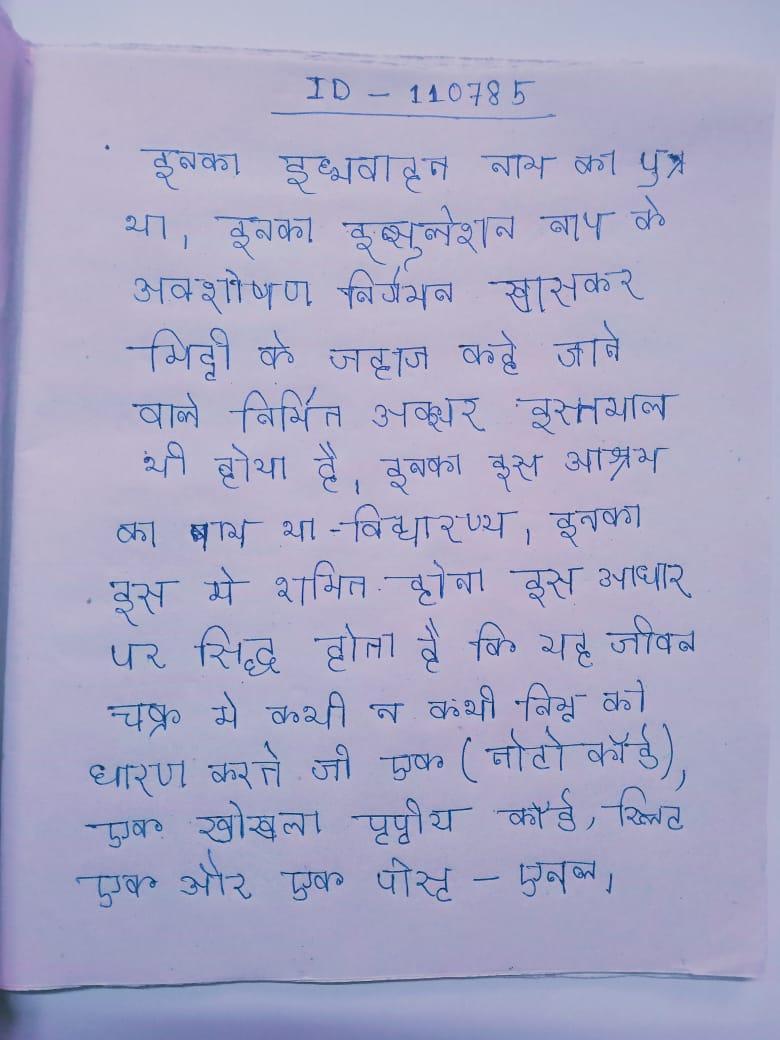
इनका इध्मवाहन नाम का पुत्र था । इनका इन्सुलेशन ताप के अवशोषण निर्गमन खासकर मिट्टी के जहाज कहे जाने वाले निर्मित अक्सर इस्तेमाल भी होया है । इनका इस आश्रम का नाम था - विद्यारण्य । इनका इस मे शामित होना इस आधार पर सिद्ध होता है कि यह जीवन चक्र मे कभी न कभी निम्न को धारण करते जो एक (नोटोकॉर्ड), एक खोखला पृष्ठीय कॉर्ड, स्लिट एक और एक पोस्ट-एनल ।